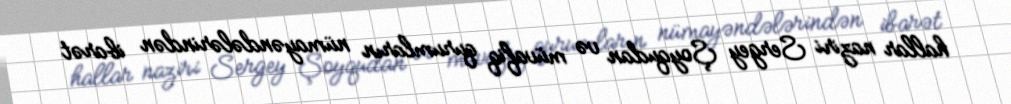
hallar naziri Sergey Şoyqudan və müvafiq qurumların nümayəndələrindən ibarət